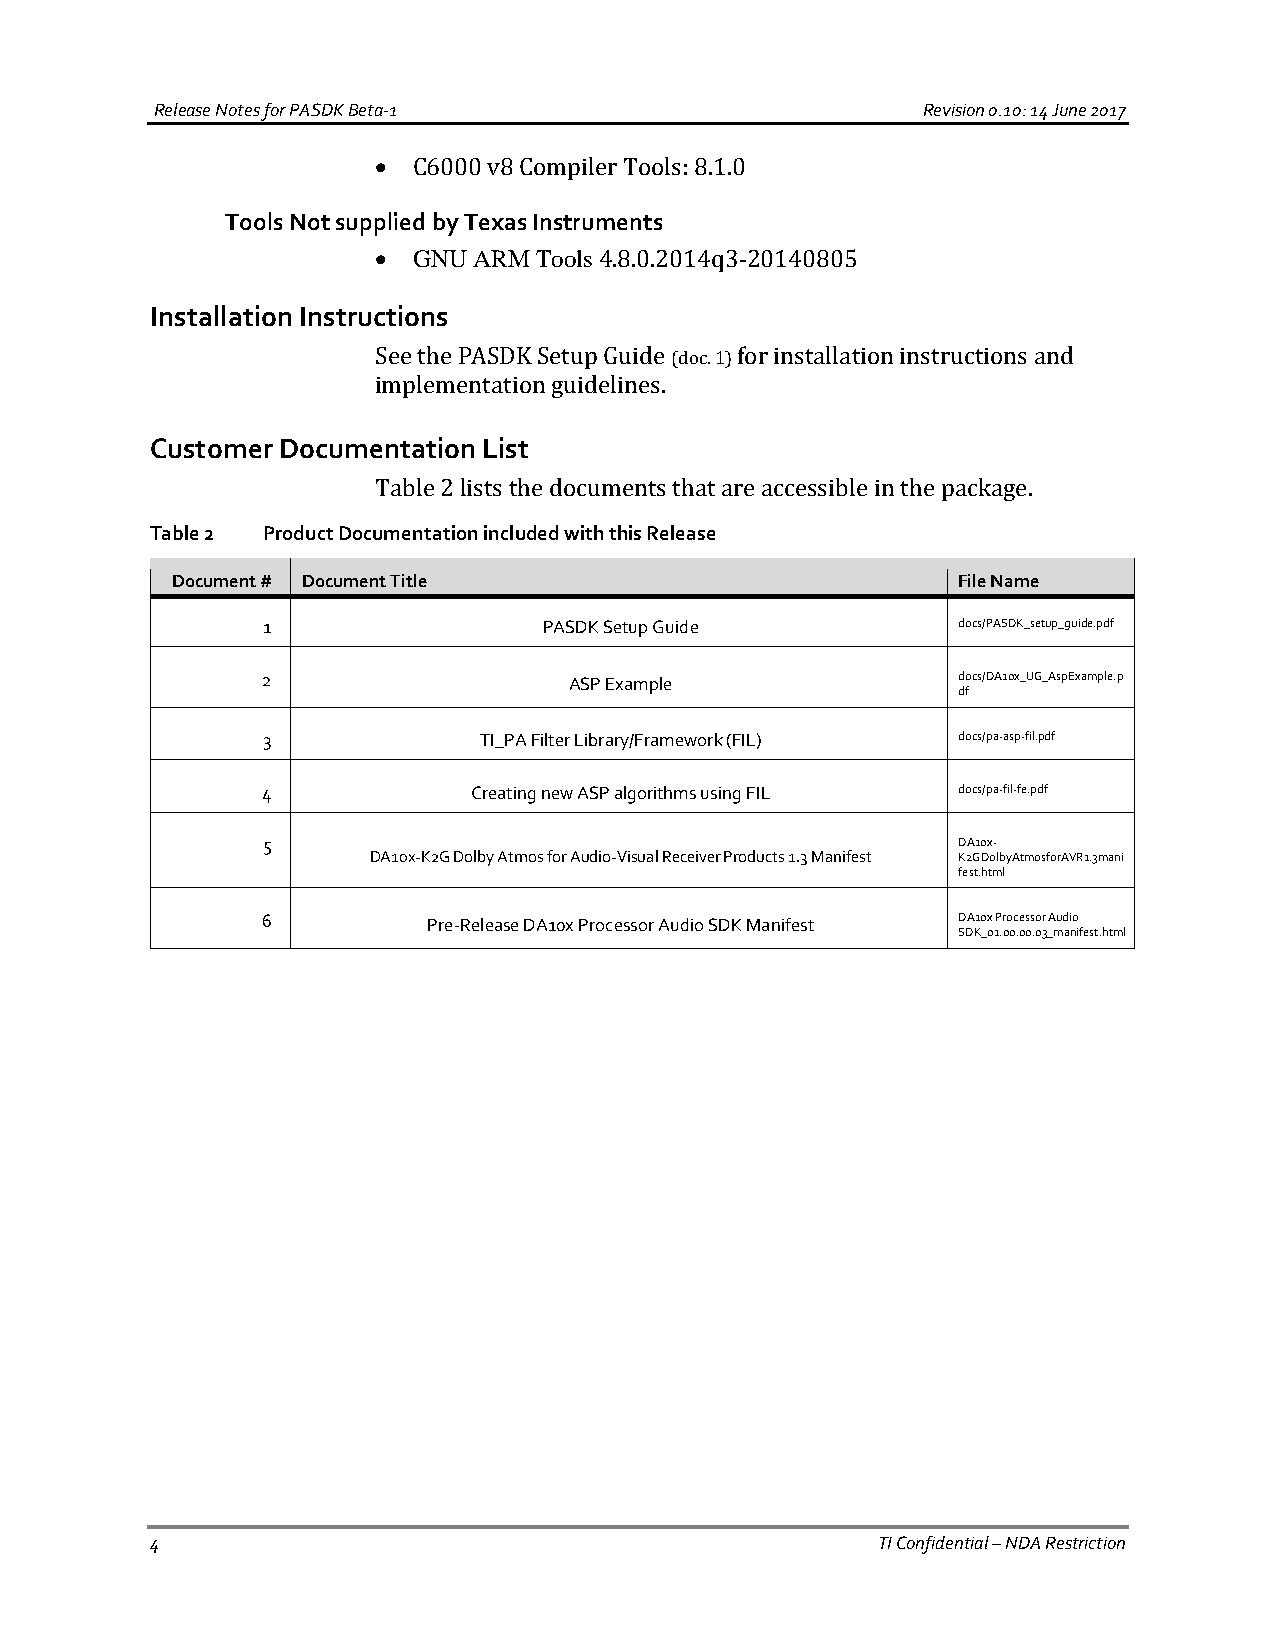
Release Notes for PASDK Beta-1                     Revision 0.10: 14 June 2017
  C6000 v8 Compiler Tools: 8.1.0
 Tools Not supplied by Texas Instruments
  GNU ARM Tools 4.8.0.2014q3-20140805
 Installation Instructions
 See the PASDK Setup Guide (doc. 1) for installation instructions and
 implementation guidelines.
 Customer Documentation List
 Table 2 lists the documents that are accessible in the package.
 Table 2 Product Documentation included with this Release
 Document # Document Title                           File Name
 1                  PASDK Setup Guide          docs/PASDK_setup_guide.pdf
 2                    ASP Example              d do
 f
 cs/DA10x_UG_AspExample.p
 3              TI_PA Filter Library/Framework (FIL) docs/pa-asp-fil.pdf
 4             Creating new ASP algorithms using FIL docs/pa-fil-fe.pdf
 5                                             DA10x-
 DA10x-K2G Dolby Atmos for Audio-Visual Receiver Products 1.3 Manifest K2GDolbyAtmosforAVR1.3mani
 fest.html
 6          Pre-Release DA10x Processor Audio SDK Manifest DA10x Processor Audio
 SDK_01.00.00.03_manifest.html
 4                                               TI Confidential – NDA Restriction